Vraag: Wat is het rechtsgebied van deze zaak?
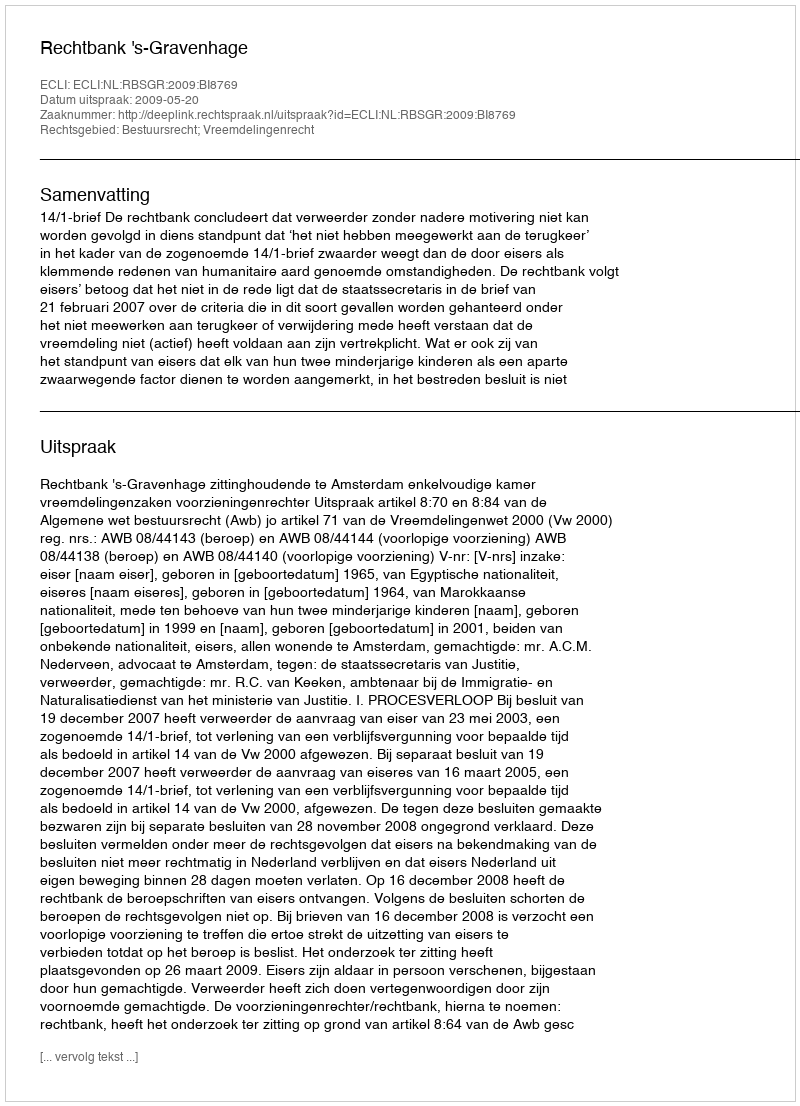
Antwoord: Bestuursrecht; Vreemdelingenrecht